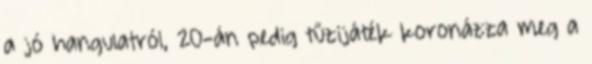
a jó hangulatról, 20-án pedig tűzijáték koronázza meg a